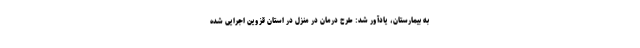
به بیمارستان، یادآور شد: طرح درمان در منزل در استان قزوین اجرایی شده